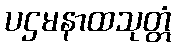
ပဌမနာထသုတ္တံ